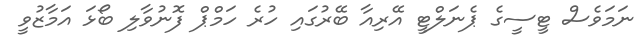
ނަމަވެސް ޓީސީގެ ޕެނަލްޓީ އޭރިއާ ބޭރުގައި ހުރެ ހަމްޕް ފޮނުވާލި ބޯޅަ އަމާޒުވީ